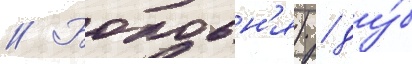
// Бобовн'я) / ду́б